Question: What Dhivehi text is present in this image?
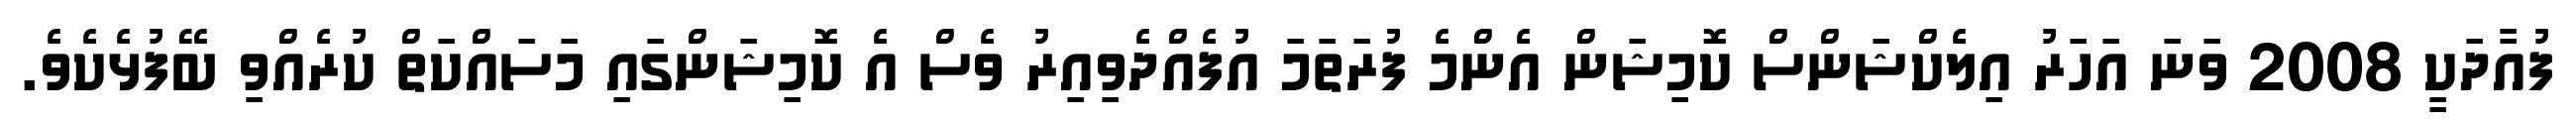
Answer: ފުއާދަކީ 2008 ވަނަ އަހަރު އިލެކްޝަންސް ކޮމިޝަން އެންމެ ފުރަތަމަ އުފެއްދެވިއިރު ވެސް އެ ކޮމިޝަންގައި މަސައްކަތް ކުރެއްވި ބޭފުޅެކެވެ.